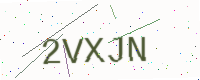
Text: 2VXJN